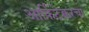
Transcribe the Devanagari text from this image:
आर्किटेक्चरचा